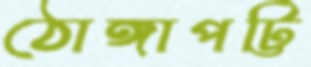
ঠোঙ্গাপট্টি